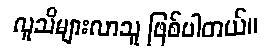
လူသိများလာသူ ဖြစ်ပါတယ်။